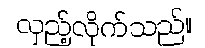
လှည့်လိုက်သည်။